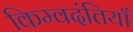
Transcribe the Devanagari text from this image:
किम्वदंतियाँ